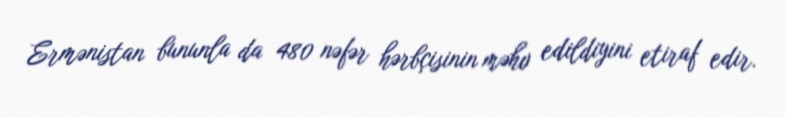
Ermənistan bununla da 480 nəfər hərbçisinin məhv edildiyini etiraf edir.